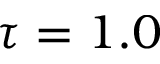
\tau = 1 . 0